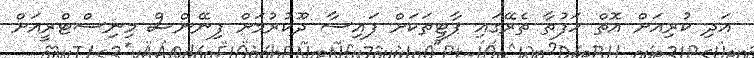
އަދި ކުރިއަށް އޮތް ހަފުތާ ތެރޭގައި ޕާޓީތަކަށް ފައިސާ ދޫކުރުމަށް ފިނޭންސް މިނިސްޓްރީއަށް